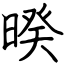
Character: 暌